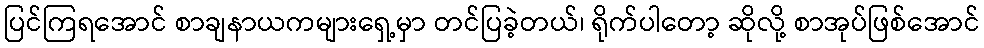
ပြင်ကြရအောင် စာချနာယကများရှေ့မှာ တင်ပြခဲ့တယ်၊ ရိုက်ပါတော့ ဆိုလို့ စာအုပ်ဖြစ်အောင်